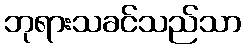
ဘုရားသခင်သည်သာ